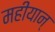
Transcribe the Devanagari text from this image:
महीयान्‌